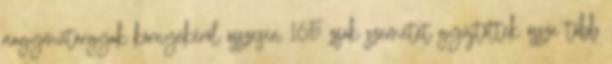
nagyműtárgyak környékéről összesen 165 zsák szemetet gyűjtöttek össze több